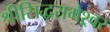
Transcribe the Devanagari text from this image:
श्रीसिद्धरामेश्र्वर